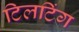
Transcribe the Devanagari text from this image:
टिलटिंग